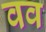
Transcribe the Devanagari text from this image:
वव